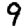
Digit: 9